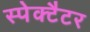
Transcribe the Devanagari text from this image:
स्पेक्टैटर